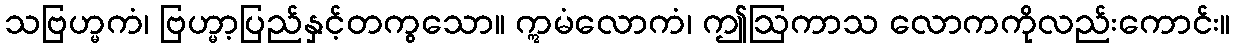
သဗြဟ္မကံ၊ ဗြဟ္မာ့ပြည်နှင့်တကွသော။ ဣမံလောကံ၊ ဤဩကာသ လောကကိုလည်းကောင်း။